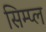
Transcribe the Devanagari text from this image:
सिम्प्ल